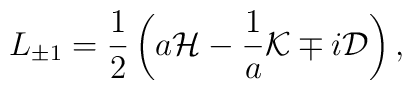
L_{\pm 1}={1\over 2}\left(a{\cal H}-{1\over a}{\cal K}\mp i{\cal D}\right),